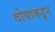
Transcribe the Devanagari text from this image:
दोघांकडून